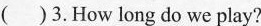
( )3.How long do we play?